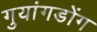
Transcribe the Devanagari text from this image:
गुयांगडोंग